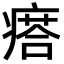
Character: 瘩